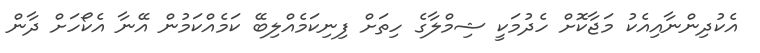
އެކުދިންނާއިއެކު މަޖާކޮށް ހެދުމަކީ ޝިމްލާގެ ހިތަށް ފިނިކަމެއްލިބޭ ކަމެއްކަމުން އޭނާ އެކޯހަށް ދާން